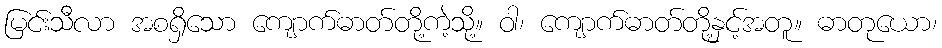
မြင်းသီလာ အစရှိသော ကျောက်ဓာတ်တို့ကဲ့သို့။ ဝါ၊ ကျောက်ဓာတ်တို့နှင့်အတူ။ ဓာတုယော၊